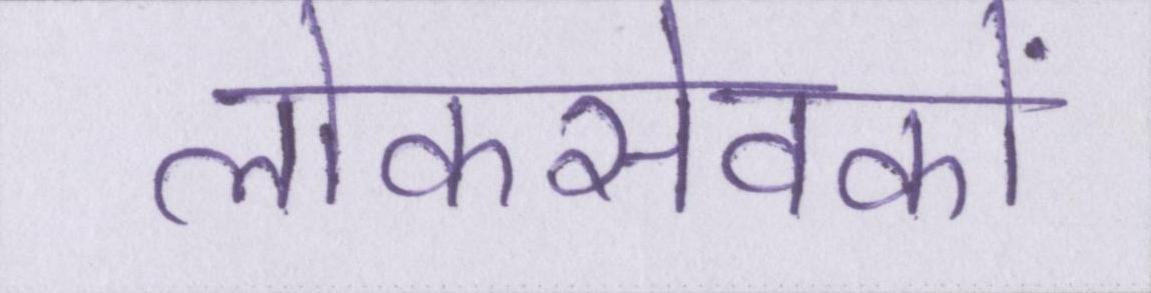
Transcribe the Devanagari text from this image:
लोकसेवकों